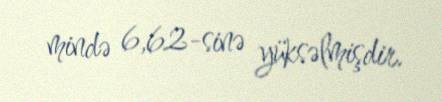
mində 6,62-sinə yüksəlmişdir.